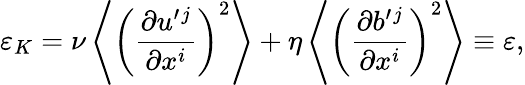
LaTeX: \varepsilon_{K}=\nu\left\langle{\left({\frac{\partial u^{\prime}{}^{j}}{\partial x^{i}}}\right)^{2}}\right\rangle+\eta\left\langle{\left(\frac{\partial b^{\prime}{}^{j}}{\partial x^{i}}\right)^{2}}\right\rangle\equiv\varepsilon,